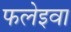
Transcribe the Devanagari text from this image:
फलेइवा